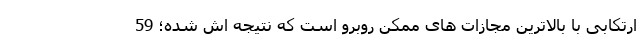
ارتکابی با بالاترین مجازات های ممکن روبرو است که نتیجه اش شده؛ 59